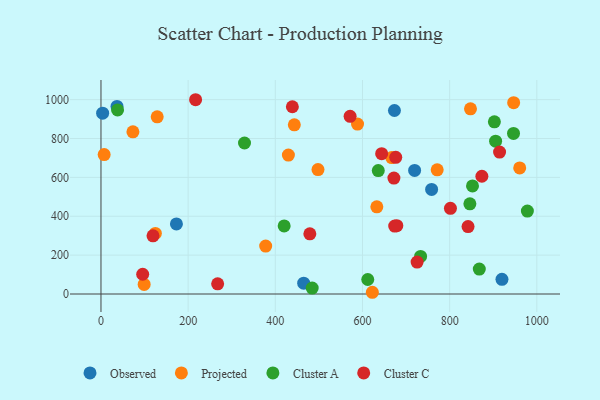
{"axis": {"x": "Price", "y": "Exam Score"}, "legend": ["Cluster A", "Cluster C", "Observed", "Projected"], "data": [{"x": "3.8", "y": 930.4, "type": "Observed"}, {"x": "719.6", "y": 635.6, "type": "Observed"}, {"x": "36.8", "y": 965.1, "type": "Observed"}, {"x": "920.0", "y": 75.5, "type": "Observed"}, {"x": "173.1", "y": 360.7, "type": "Observed"}, {"x": "758.6", "y": 538.0, "type": "Observed"}, {"x": "673.3", "y": 944.1, "type": "Observed"}, {"x": "465.1", "y": 55.8, "type": "Observed"}, {"x": "73.3", "y": 834.6, "type": "Projected"}, {"x": "847.8", "y": 952.6, "type": "Projected"}, {"x": "632.9", "y": 448.6, "type": "Projected"}, {"x": "497.9", "y": 640.4, "type": "Projected"}, {"x": "129.0", "y": 911.6, "type": "Projected"}, {"x": "99.1", "y": 49.5, "type": "Projected"}, {"x": "588.6", "y": 874.1, "type": "Projected"}, {"x": "377.9", "y": 246.7, "type": "Projected"}, {"x": "946.8", "y": 984.2, "type": "Projected"}, {"x": "124.8", "y": 311.7, "type": "Projected"}, {"x": "622.6", "y": 8.9, "type": "Projected"}, {"x": "7.3", "y": 717.3, "type": "Projected"}, {"x": "960.7", "y": 648.6, "type": "Projected"}, {"x": "443.6", "y": 870.6, "type": "Projected"}, {"x": "771.4", "y": 638.7, "type": "Projected"}, {"x": "667.1", "y": 701.9, "type": "Projected"}, {"x": "430.0", "y": 714.9, "type": "Projected"}, {"x": "852.4", "y": 556.0, "type": "Cluster A"}, {"x": "946.5", "y": 826.3, "type": "Cluster A"}, {"x": "38.1", "y": 946.8, "type": "Cluster A"}, {"x": "868.0", "y": 128.5, "type": "Cluster A"}, {"x": "905.4", "y": 786.3, "type": "Cluster A"}, {"x": "484.6", "y": 30.3, "type": "Cluster A"}, {"x": "420.3", "y": 350.3, "type": "Cluster A"}, {"x": "902.6", "y": 885.8, "type": "Cluster A"}, {"x": "329.3", "y": 776.8, "type": "Cluster A"}, {"x": "733.3", "y": 193.4, "type": "Cluster A"}, {"x": "636.2", "y": 635.2, "type": "Cluster A"}, {"x": "612.1", "y": 74.6, "type": "Cluster A"}, {"x": "978.3", "y": 426.8, "type": "Cluster A"}, {"x": "846.4", "y": 464.1, "type": "Cluster A"}, {"x": "267.7", "y": 52.5, "type": "Cluster C"}, {"x": "914.5", "y": 730.3, "type": "Cluster C"}, {"x": "217.1", "y": 999.5, "type": "Cluster C"}, {"x": "842.2", "y": 347.1, "type": "Cluster C"}, {"x": "672.1", "y": 596.5, "type": "Cluster C"}, {"x": "873.9", "y": 605.7, "type": "Cluster C"}, {"x": "676.3", "y": 703.3, "type": "Cluster C"}, {"x": "119.4", "y": 299.3, "type": "Cluster C"}, {"x": "725.3", "y": 164.2, "type": "Cluster C"}, {"x": "678.8", "y": 351.5, "type": "Cluster C"}, {"x": "644.0", "y": 721.9, "type": "Cluster C"}, {"x": "801.8", "y": 440.8, "type": "Cluster C"}, {"x": "479.2", "y": 309.6, "type": "Cluster C"}, {"x": "95.7", "y": 101.7, "type": "Cluster C"}, {"x": "571.6", "y": 914.0, "type": "Cluster C"}, {"x": "673.9", "y": 349.5, "type": "Cluster C"}, {"x": "439.1", "y": 963.3, "type": "Cluster C"}]}